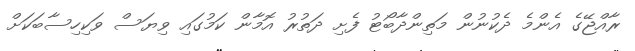
ރާއްޖޭގެ އެންމެ ދެކުނުން މަތިންދާބޯޓު ފެށި ދަތުރު އޮމާން ކަމުގައި ވިޔަސް ވަކިހިސާބަކަށް